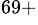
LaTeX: ^{69+}